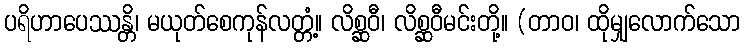
ပရိဟာပေဿန္တိ၊ မယုတ်စေကုန်လတ္တံ့။ လိစ္ဆဝီ၊ လိစ္ဆဝီမင်းတို့။ (တာဝ၊ ထိုမျှလောက်သော